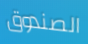
الصندوق